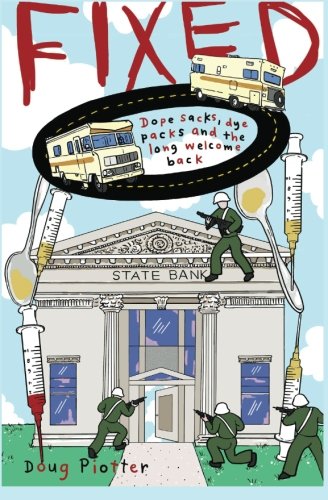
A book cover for Fixed: Dope sacks, dye packs, and the long welcome back; Doug Piotter; Humor & Entertainment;